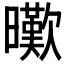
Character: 𣋸